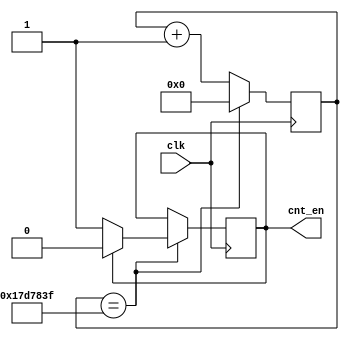
`timescale 1ns / 1ps
//////////////////////////////////////////////////////////////////////////////////
// Company: 
// Engineer: 
// 
// Design Name: 
// Module Name:    counter 
// Project Name: 
// Target Devices: 
// Tool versions: 
// Description: 
//
// Dependencies: 
//
// Revision: 
// Revision 0.01 - File Created
// Additional Comments: 
//
//////////////////////////////////////////////////////////////////////////////////
module counter(
input clk,
output reg cnt_en
);
initial cnt_en = 0;
reg [24:0] cnt_div;
initial cnt_div = 25'b0;
always@(posedge clk)
begin
	if (cnt_div == 25'd2499_9999)
		cnt_div <= 25'h0;
	else
		cnt_div <= cnt_div + 25'h1;
end

always@(posedge clk)
begin 
	if(cnt_div==25'd2499_9999)
	begin
		if(cnt_en==1)
			cnt_en <= 0;
		else
			cnt_en <= 1;
	end
end


endmodule